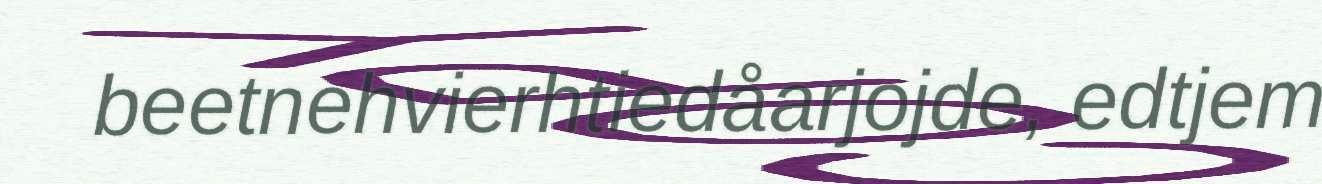
beetnehvierhtiedåarjojde, edtjem